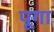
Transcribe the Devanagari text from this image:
पूगा